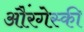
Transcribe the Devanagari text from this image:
औंरगेस्की